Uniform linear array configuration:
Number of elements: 12
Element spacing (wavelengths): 1
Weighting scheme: cosine
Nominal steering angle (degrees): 60
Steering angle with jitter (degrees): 60.819
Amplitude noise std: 0.05
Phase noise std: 0.05

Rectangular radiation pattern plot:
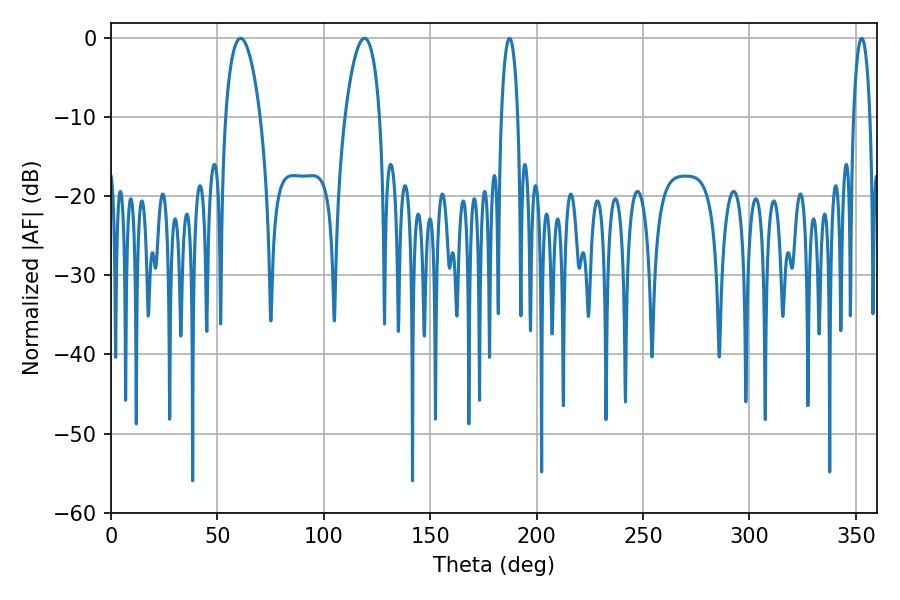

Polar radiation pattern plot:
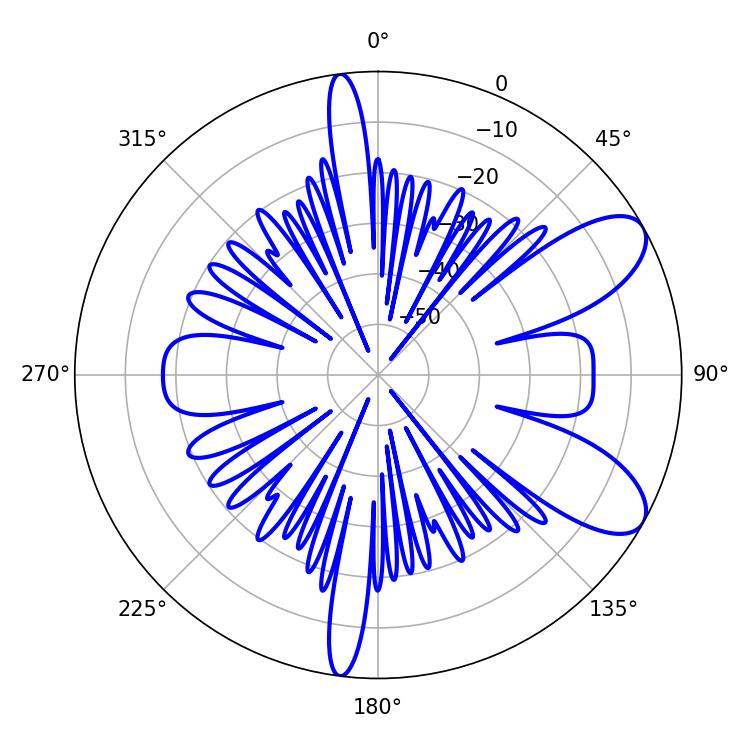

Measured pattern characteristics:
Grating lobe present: TRUE
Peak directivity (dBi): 8.612
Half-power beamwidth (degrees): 9.18
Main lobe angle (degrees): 60.84